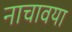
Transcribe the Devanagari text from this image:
नाचावया